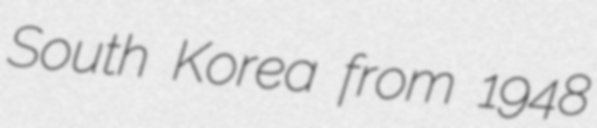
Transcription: South Korea from 1948